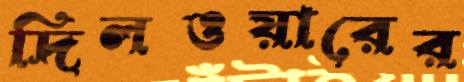
দিলওয়ারের